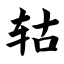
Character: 轱